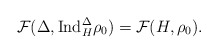
\begin{align*} \mathcal{F}(\Delta,\mathrm{Ind}_{H}^{\Delta}\rho_0)=\mathcal{F}(H,\rho_0). \end{align*}